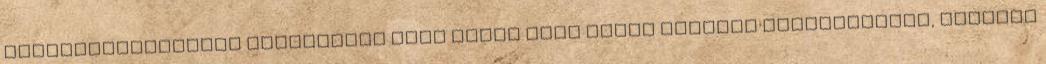
állategészségügyi biztonsági okok miatt csak olyan tojások használhatók, amelyek